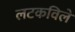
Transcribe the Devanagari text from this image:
लटकविले